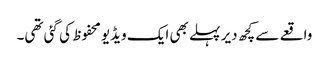
واقعے سے کچھ دیر پہلے بھی ایک ویڈیو محفوظ کی گئی تھی۔